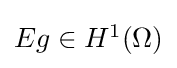
{\textstyle Eg\in H^{1}(\Omega )}